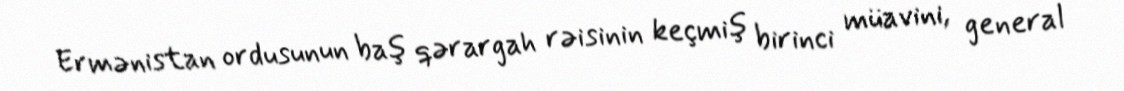
Ermənistan ordusunun baş qərargah rəisinin keçmiş birinci müavini, general